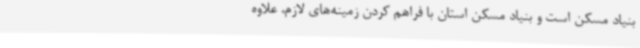
بنیاد مسکن است و بنیاد مسکن استان با فراهم کردن زمینه‌های لازم، علاوه